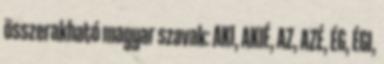
összerakható magyar szavak: AKI, AKIÉ, AZ, AZÉ, ÉG, ÉGI,